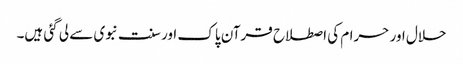
حلال اور حرام کی اصطلاح قرآن پاک اور سنت نبوی سے لی گئی ہیں۔